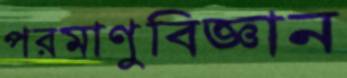
পরমাণুবিজ্ঞান